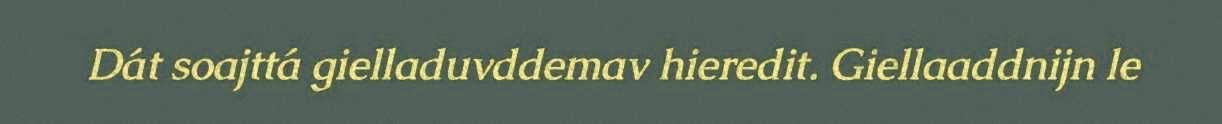
Dát soajttá gielladuvddemav hieredit. Giellaaddnijn le